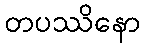
တပဿိနော